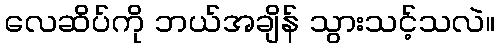
လေဆိပ်ကို ဘယ်အချိန် သွားသင့်သလဲ။